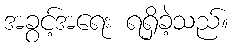
အခွင့်အရေး ရရှိခဲ့သည်။